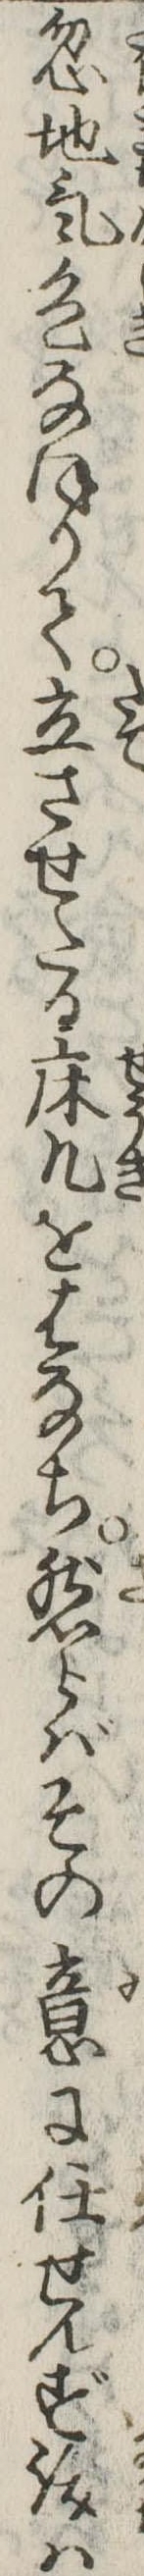
忽地気色なほりて立させたる床几をはなち然らばその意に任せんず汝は